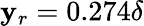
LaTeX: \mathbf{y}_{r}=0.274\delta